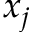
x _ { j }